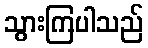
သွားကြပါသည်